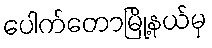
ပေါက်တောမြို့နယ်မှ